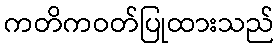
ကတိကဝတ်ပြုထားသည်